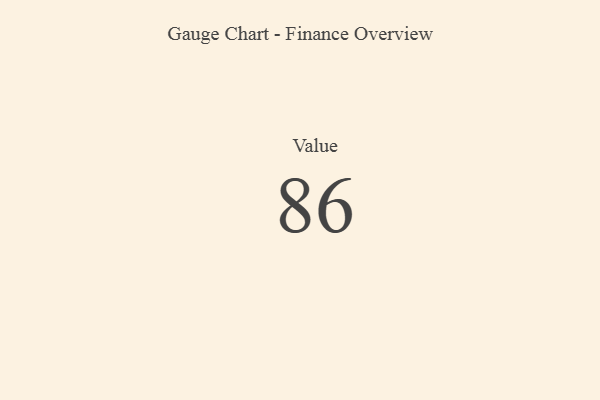
{"axis": {"x": "Metric", "y": "Value"}, "legend": [""], "data": [{"x": "Value", "y": 86, "type": ""}]}